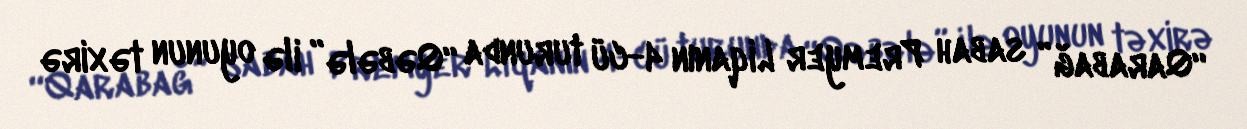
“Qarabağ” sabah Premyer Liqanın 4-cü turunda “Qəbələ” ilə oyunun təxirə